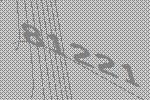
81221